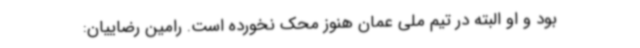
بود و او البته در تیم ملی عمان هنوز محک نخورده است. رامین رضاییان: